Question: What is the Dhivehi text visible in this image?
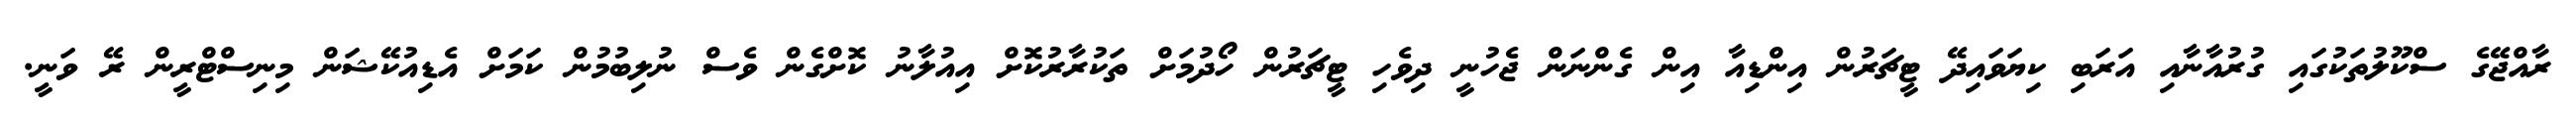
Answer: ރާއްޖޭގެ ސްކޫލުތަކުގައި ގުރުއާނާއި އަރަބި ކިޔަވައިދޭ ޓީޗަރުން އިންޑިއާ އިން ގެންނަން ޖެހުނީ ދިވެހި ޓީޗަރުން ހޯދުމަށް ތަކުރާރުކޮށް އިއުލާނު ކޮށްގެން ވެސް ނުލިބުމުން ކަމަށް އެޑިއުކޭޝަން މިނިސްޓްރީން ރޭ ވަނީ.